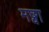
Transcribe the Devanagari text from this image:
मछ्वा